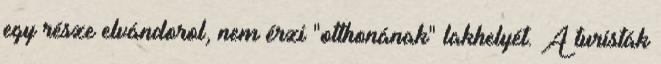
egy része elvándorol, nem érzi "otthonának" lakhelyét. A turisták